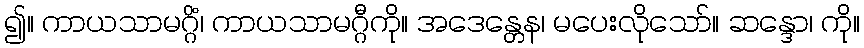
၍။ ကာယသာမဂ္ဂိံ၊ ကာယသာမဂ္ဂီကို။ အဒေန္တေန၊ မပေးလိုသော်။ ဆန္ဒော၊ ကို။